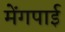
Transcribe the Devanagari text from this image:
मेंगपाई